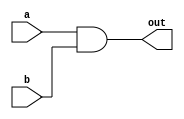
`timescale 1ns / 1ps
//////////////////////////////////////////////////////////////////////////////////
// Company: 
// Engineer: 
// 
// Design Name: 
// Module Name:    AND_2x1 
// Project Name: 
// Target Devices: 
// Tool versions: 
// Description: 
//
// Dependencies: 
//
// Revision: 
// Revision 0.01 - File Created
// Additional Comments: 
//
//////////////////////////////////////////////////////////////////////////////////
module AND_2x1(a,b,out);
	 
input a,b;
output out;

assign out = a&b;

endmodule